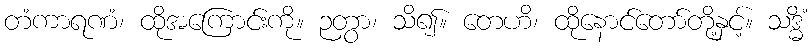
တံကာရဏံ၊ ထိုအကြောင်းကို။ ဉတွာ၊ သိ၍။ တေဟိ၊ ထိုနောင်တော်တို့နှင့်။ သဒ္ဓိံ